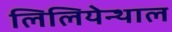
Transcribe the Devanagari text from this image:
लिलियेन्थाल